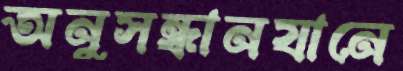
অনুসন্ধানযানে